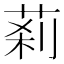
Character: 䓭